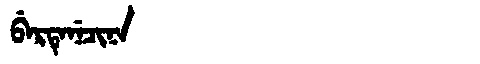
Manchu: ᠪᡝᡵᡨᡝᠨᡝᠴᡳᠨᠠ
Romanization: BERTENECINA